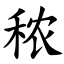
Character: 秾